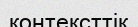
контексттік